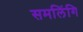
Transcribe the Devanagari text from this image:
समलिंगि